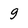
Character: g